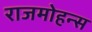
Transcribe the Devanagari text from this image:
राजमोहन्स